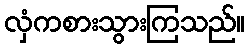
လှံကစားသွားကြသည်။